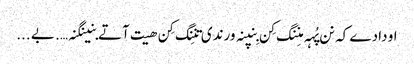
او دادے کہ نن پُہہ منِنگ کِن بِنپنہ ورندی تنِنگ کِن ھیت آتے بنینگنہ…. بے ...